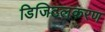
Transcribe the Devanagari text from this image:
डिजिटलकरण